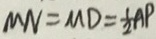
M N = M D = \frac { 1 } { 2 } A P